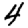
Digit: 4